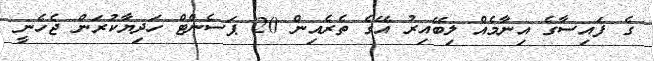
ގެ ފައިސާގެ އިނާމެއް ލިބޭއިރު އޭގެ ތެރެއިން 20 ޕަސެންޓް ހަދިޔާކުރަން ޖެހެނީ